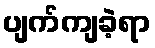
ပျက်ကျခဲ့ရာ